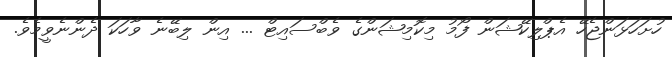
ހުށަހަޅަންޖެހޭ އެޕްލިކޭޝަން ފޯމު މިކޮމިޝަންގެ ވެބްސައިޓް ... އިން ލިބޭނެ ވާހަކަ ދެންނެވީމެވެ.